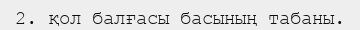
2. қол балғасы басының табаны.